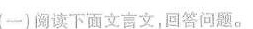
(一)阅读下面文言文，回答问题。